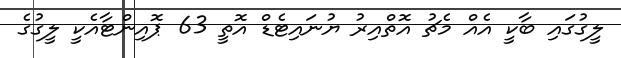
ލީގުގައި ބާކީ އެއް މެޗު އޮތްއިރު ޔުނައިޓެޑް އޮތީ 63 ޕޮއިންޓާއެކީ ލީގުގެ